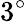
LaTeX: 3^{\circ}